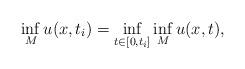
\begin{align*}\inf_M u(x,t_i) = \inf_{t \in [0,t_i]} \inf_M u(x,t) ,\end{align*}